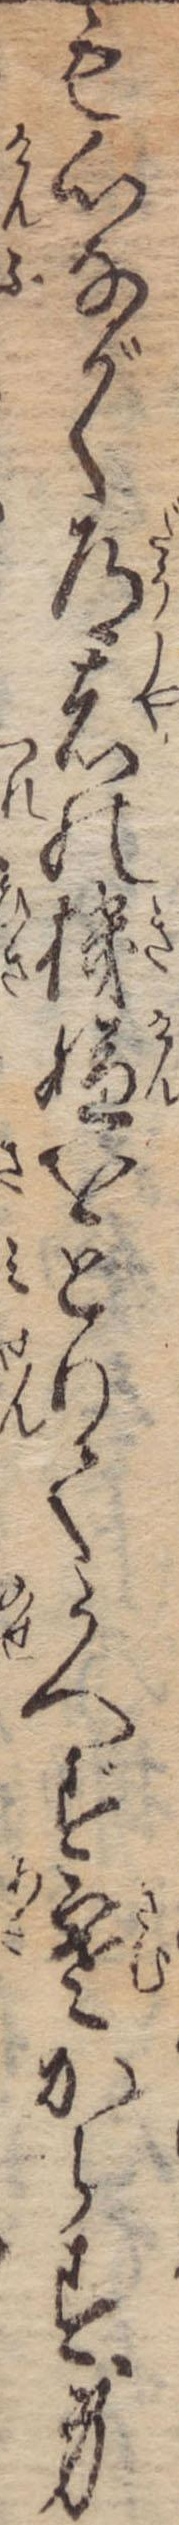
も心ながく道具の機嫌をとりてうへず寒からす身